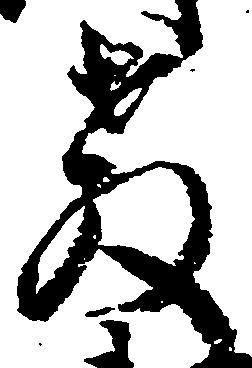
教